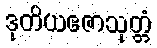
ဒုတိယဧဇာသုတ္တံ